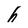
Character: h